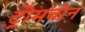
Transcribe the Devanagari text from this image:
ट्रोमबोन